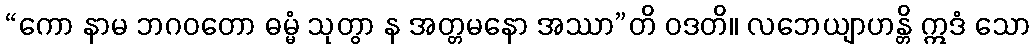
“ကော နာမ ဘဂဝတော ဓမ္မံ သုတွာ န အတ္တမနော အဿာ”တိ ဝဒတိ။ လဘေယျာဟန္တိ ဣဒံ သော